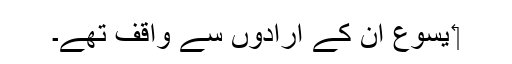
‏ یسوع اُن کے اِرادوں سے واقف تھے۔